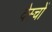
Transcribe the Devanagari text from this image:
देस्चों